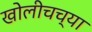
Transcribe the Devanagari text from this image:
खोलीचच्या